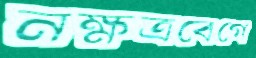
নক্ষত্রবেগে